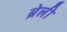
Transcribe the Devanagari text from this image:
ब्रेली